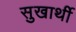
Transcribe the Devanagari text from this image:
सुखार्थी